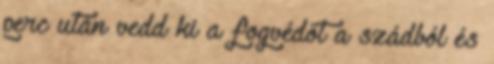
perc után vedd ki a fogvédőt a szádból és